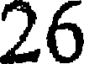
26